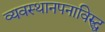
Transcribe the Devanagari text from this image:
व्यवस्थानपनाविरुद्ध